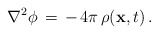
\begin{align*}\nabla^{2} \phi\, =\, -\, 4 \pi\, \rho ({\bf x}, t)\, .\end{align*}